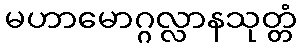
မဟာမောဂ္ဂလ္လာနသုတ္တံ